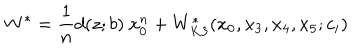
W ^ { \ast } = \frac { 1 } { n } d ( z ; b ) ~ x _ { 0 } ^ { n } + W _ { K 3 } ^ { \ast } ( x _ { 0 } , x _ { 3 } , x _ { 4 } , x _ { 5 } ; c _ { i } )